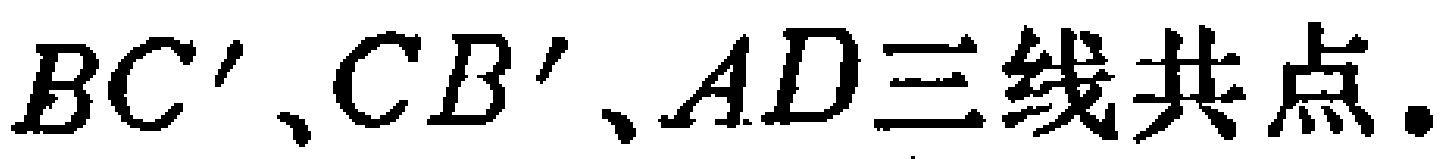
$BC^{\prime}、CB^{\prime}、AD三线共点.$